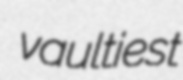
vaultiest